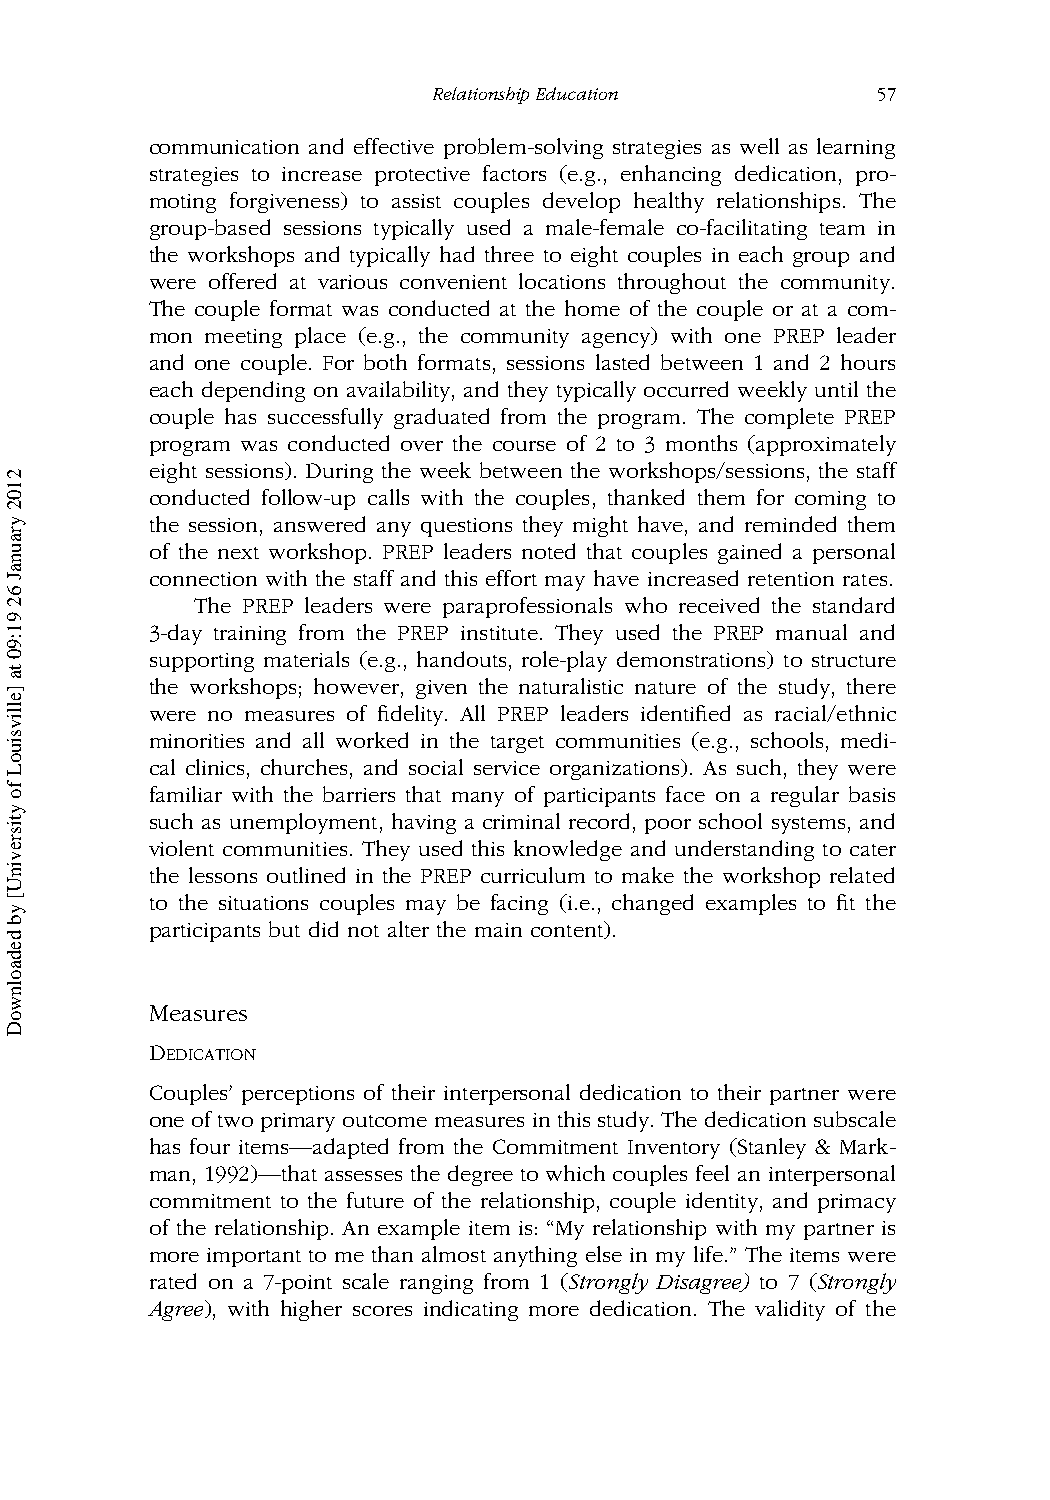
RelationshipEducation        57
 communication and effective problem-solving strategies as well as learning
 strategies to increase protective factors (e.g., enhancing dedication, pro-
 moting forgiveness) to assist couples develop healthy relationships. The
 group-based sessions typically used a male-female co-facilitating team in
 the workshops and typically had three to eight couples in each group and
 were offered at various convenient locations throughout the community.
 The couple format was conducted at the home of the couple or at a com-
 mon meeting place (e.g., the community agency) with one PREP leader
 and one couple. For both formats, sessions lasted between 1 and 2 hours
 each depending on availability, and they typically occurred weekly until the
 couple has successfully graduated from the program. The complete PREP
 program was conducted over the course of 2 to 3 months (approximately
 eight sessions). During the week between the workshops/sessions, the staff
 conducted follow-up calls with the couples, thanked them for coming to
 the session, answered any questions they might have, and reminded them
 of the next workshop. PREP leaders noted that couples gained a personal
 connection with the staff and this effort may have increased retention rates.
 The PREP leaders were paraprofessionals who received the standard
 3-day training from the PREP institute. They used the PREP manual and
 supporting materials (e.g., handouts, role-play demonstrations) to structure
 the workshops; however, given the naturalistic nature of the study, there
 were no measures of fidelity. All PREP leaders identified as racial/ethnic
 minorities and all worked in the target communities (e.g., schools, medi-
 cal clinics, churches, and social service organizations). As such, they were
 familiar with the barriers that many of participants face on a regular basis
 such as unemployment, having a criminal record, poor school systems, and
 violent communities. They used this knowledge and understanding to cater
 the lessons outlined in the PREP curriculum to make the workshop related
 to the situations couples may be facing (i.e., changed examples to fit the
 participants but did not alter the main content).
 Measures
 DEDICATION
 Couples’ perceptions of their interpersonal dedication to their partner were
 oneoftwoprimaryoutcomemeasuresinthisstudy.Thededicationsubscale
 has four items—adapted from the Commitment Inventory (Stanley & Mark-
 man, 1992)—that assesses the degree to which couples feel an interpersonal
 commitment to the future of the relationship, couple identity, and primacy
 of the relationship. An example item is: “My relationship with my partner is
 more important to me than almost anything else in my life.” The items were
 rated on a 7-point scale ranging from 1 (Strongly Disagree) to 7 (Strongly
 Agree), with higher scores indicating more dedication. The validity of the
 2102
 yraunaJ
 62
 91:90
 ta
 ]ellivsiuoL
 fo
 ytisrevinU[
 yb
 dedaolnwoD